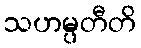
သဟမ္ပတီတိ